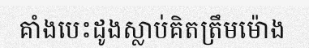
គាំងបេះដូងស្លាប់គិតត្រឹមម៉ោង